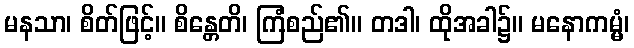
မနသာ၊ စိတ်ဖြင့်။ စိန္တေတိ၊ ကြံစည်၏။ တဒါ၊ ထိုအခါ၌။ မနောကမ္မံ၊